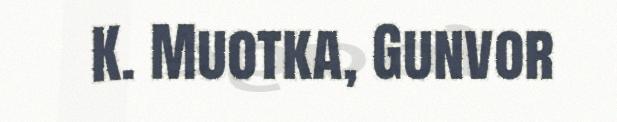
K. Muotka, Gunvor